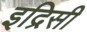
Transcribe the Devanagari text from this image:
इद्रिसी